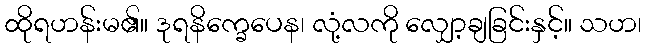
ထိုရဟန်းမ၏။ ဒုရနိက္ခေပေန၊ လုံ့လကို လျှော့ချခြင်းနှင့်။ သဟ၊